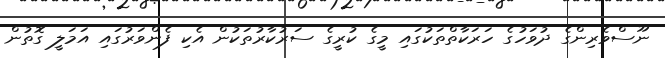
ނޫސްވެރިންގެ ދުވަހުގެ ހަރަކާތްތަކުގައި މީގެ ކުރީގެ ސަރުކާރުތަކުން އެކި ފެންވަރުގައި އަމަލީ ގޮތުން